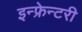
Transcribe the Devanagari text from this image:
इन्फ्रेन्टरी